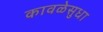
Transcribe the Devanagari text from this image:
कावळेसुधा